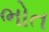
ભોત